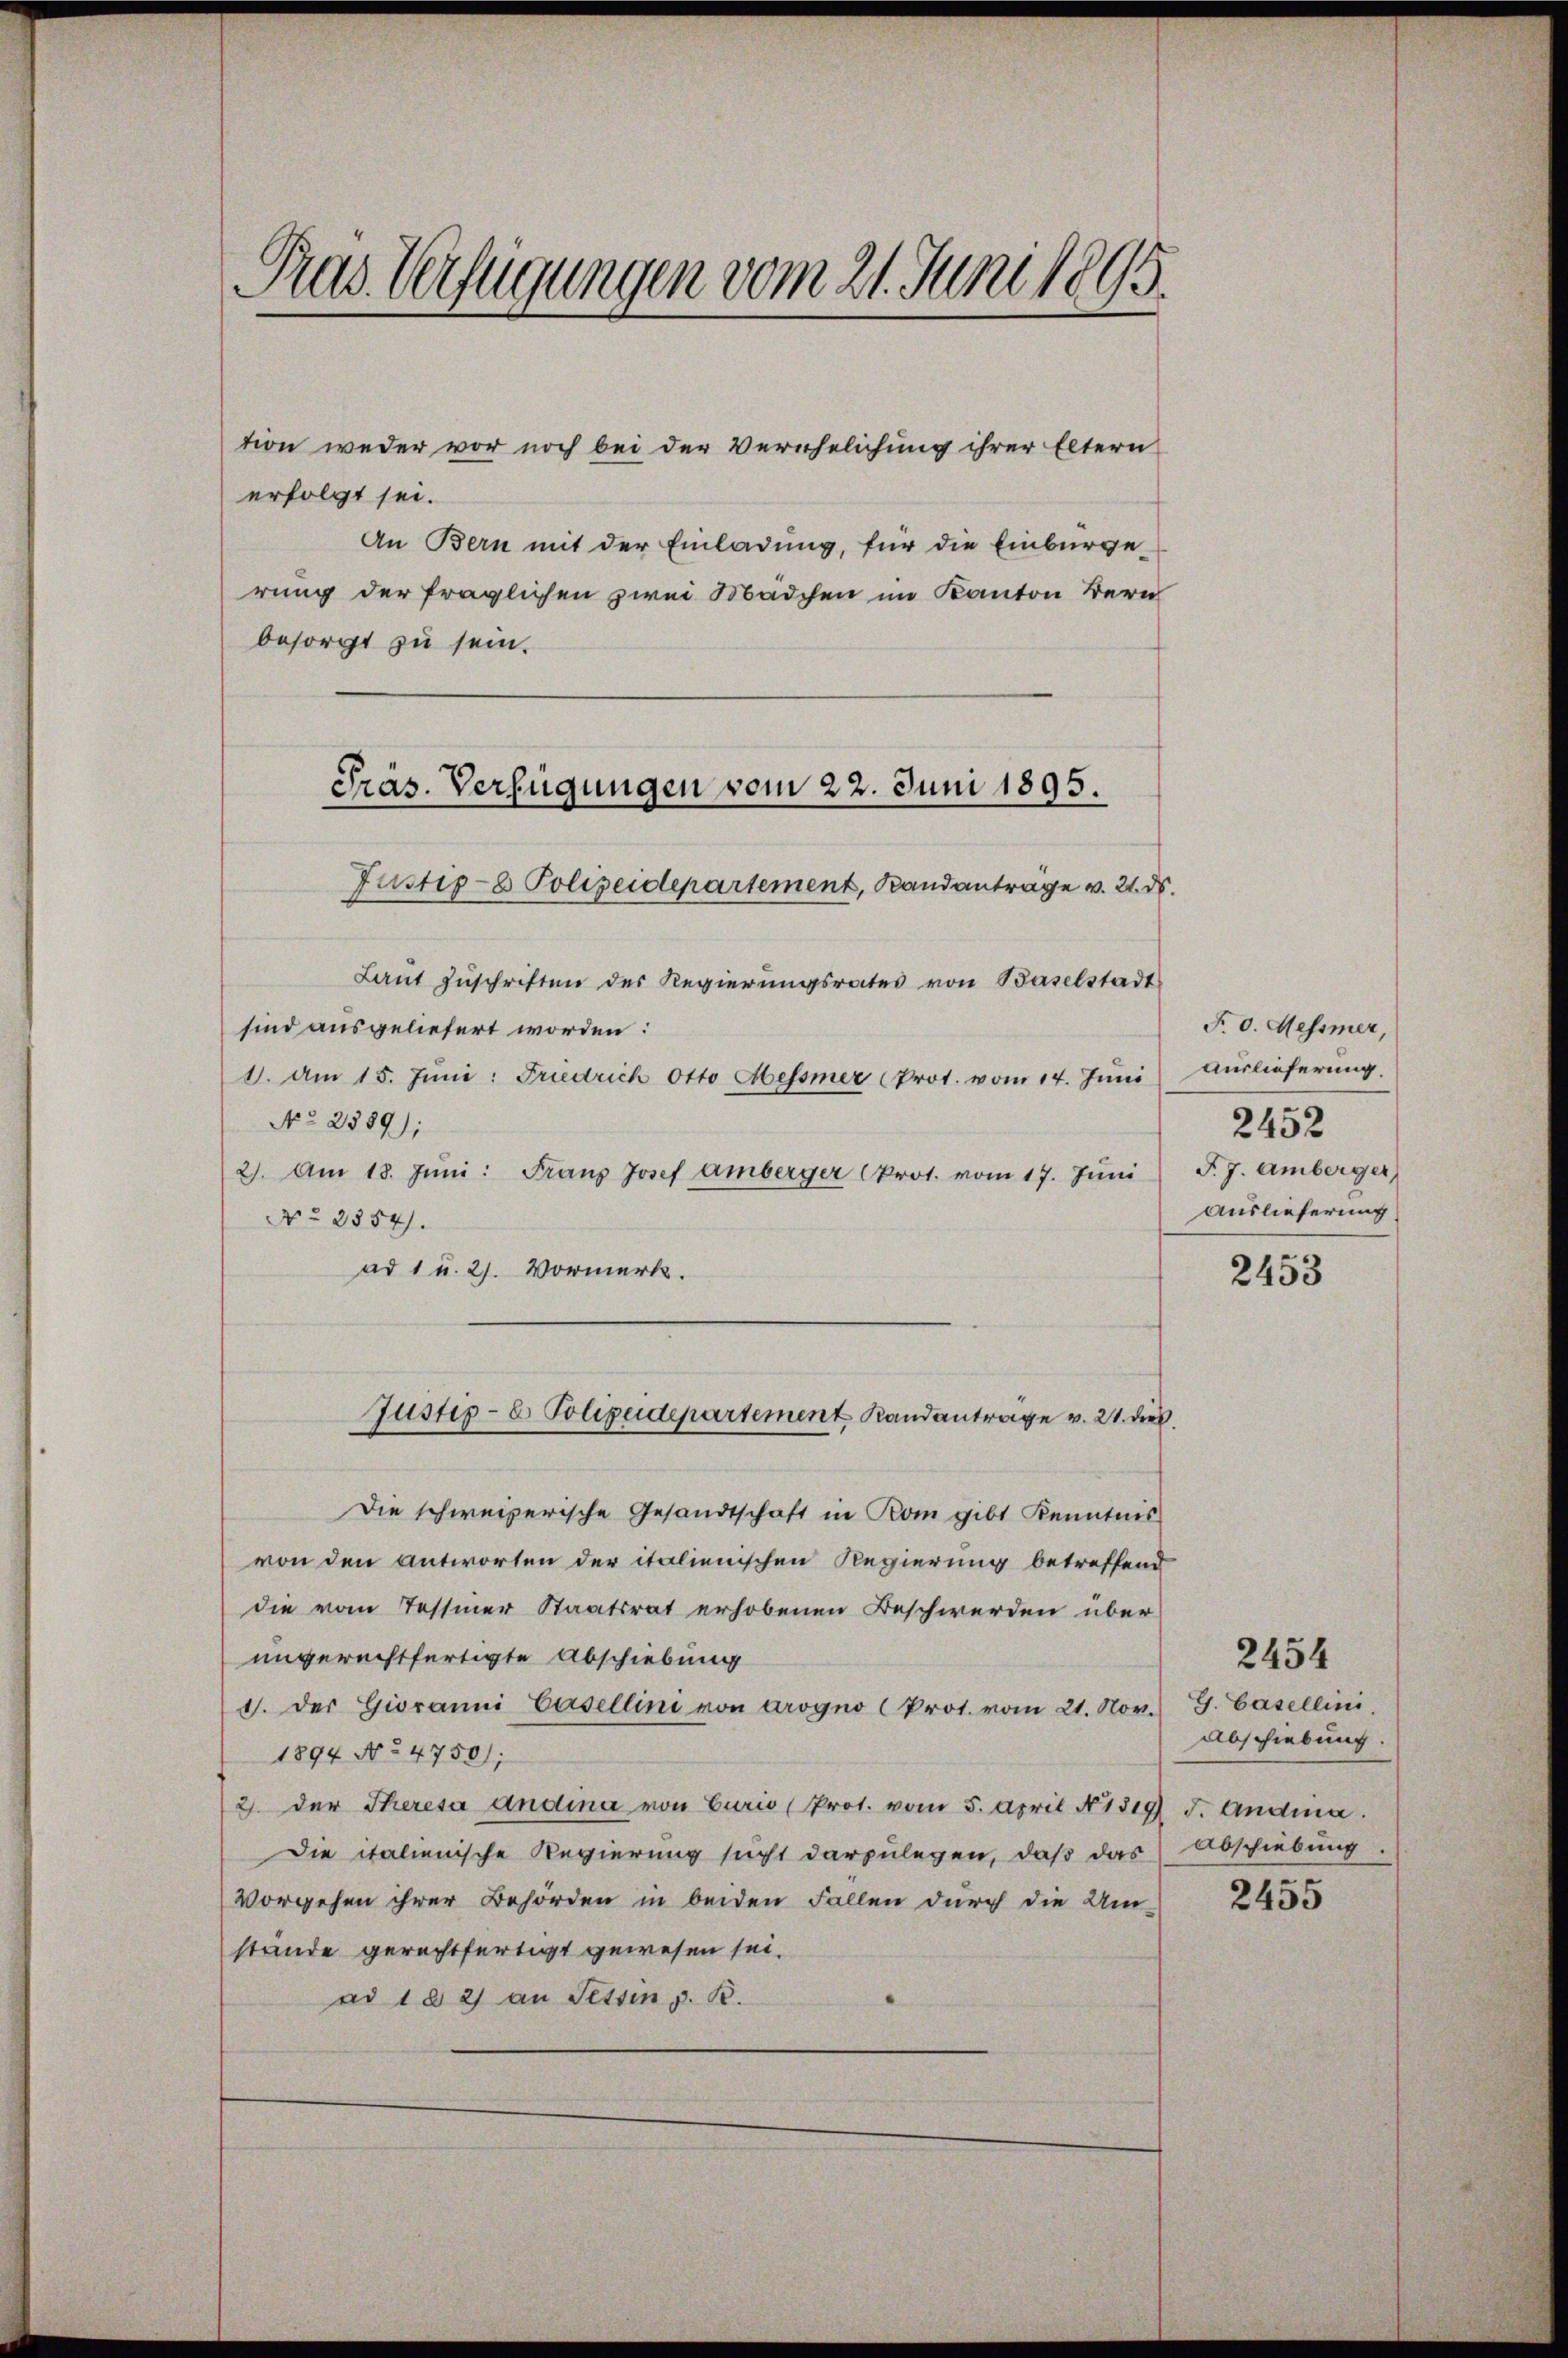
Tras Verfügungen vom 21. Juni 1895.

tion weder vor noch bei der Verehelichung ihrer Eltern
erfolgt sei.
An Bern mit der Einladung, für die Einbürge
rung der fraglichen zwei Mädchen im Kanton Bern
besorgt zu sein.
Justiz- & Polizeidepartement, Randanträge v. 21. ds.
Laŭt Zŭschriften der Regierŭngsrates von Baselstadt
sind ausgeliefert worden:
1. Am 15. Jŭni: Friedrich Otto Messner (Prot. vom 14. Jŭni
No 2389);
2). Am 18. Jŭni: Franz Josef amberger (Prot. vom 17. Jŭni
No 2554.
ad 1 u. 27. Vormerk.
Justiz- & Polizeidepartement Randantrage v. 21. ds.
Die schweizerische Gesandtschaft in Rom gibt Kenntnis
von den antworten der italienischen Regierung betreffend
die vom Tessiner Staatsrat erhobenen Beschwerden über
ungerechtfertigte Abschiebung
1. Der Giovanni Basellini von arogno (Prot. vom 21. Nov. G. Casellini
1894 No 4750);
2. der Theresa andina von Curio (Prot. vom 5. April No 1319 f. Andina
Die italienische Regierung sucht darzulegen, daß das
vorgehen ihrer Behörden in beiden Fallen durch die Um-
stände gerechtfertigt gewesen sei.
ad 1 § 2 an Tessin z. B.

Präs. Verfügungen vom 22. Juni 1895.

F. v. Messmer,
Auslieferung.
2452
P. J. Amberger
Auslieferung

2453

Abschiebung.
Abschiebung.

2454

2455